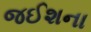
જઈશના